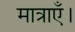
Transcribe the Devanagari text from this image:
मात्राएँ।